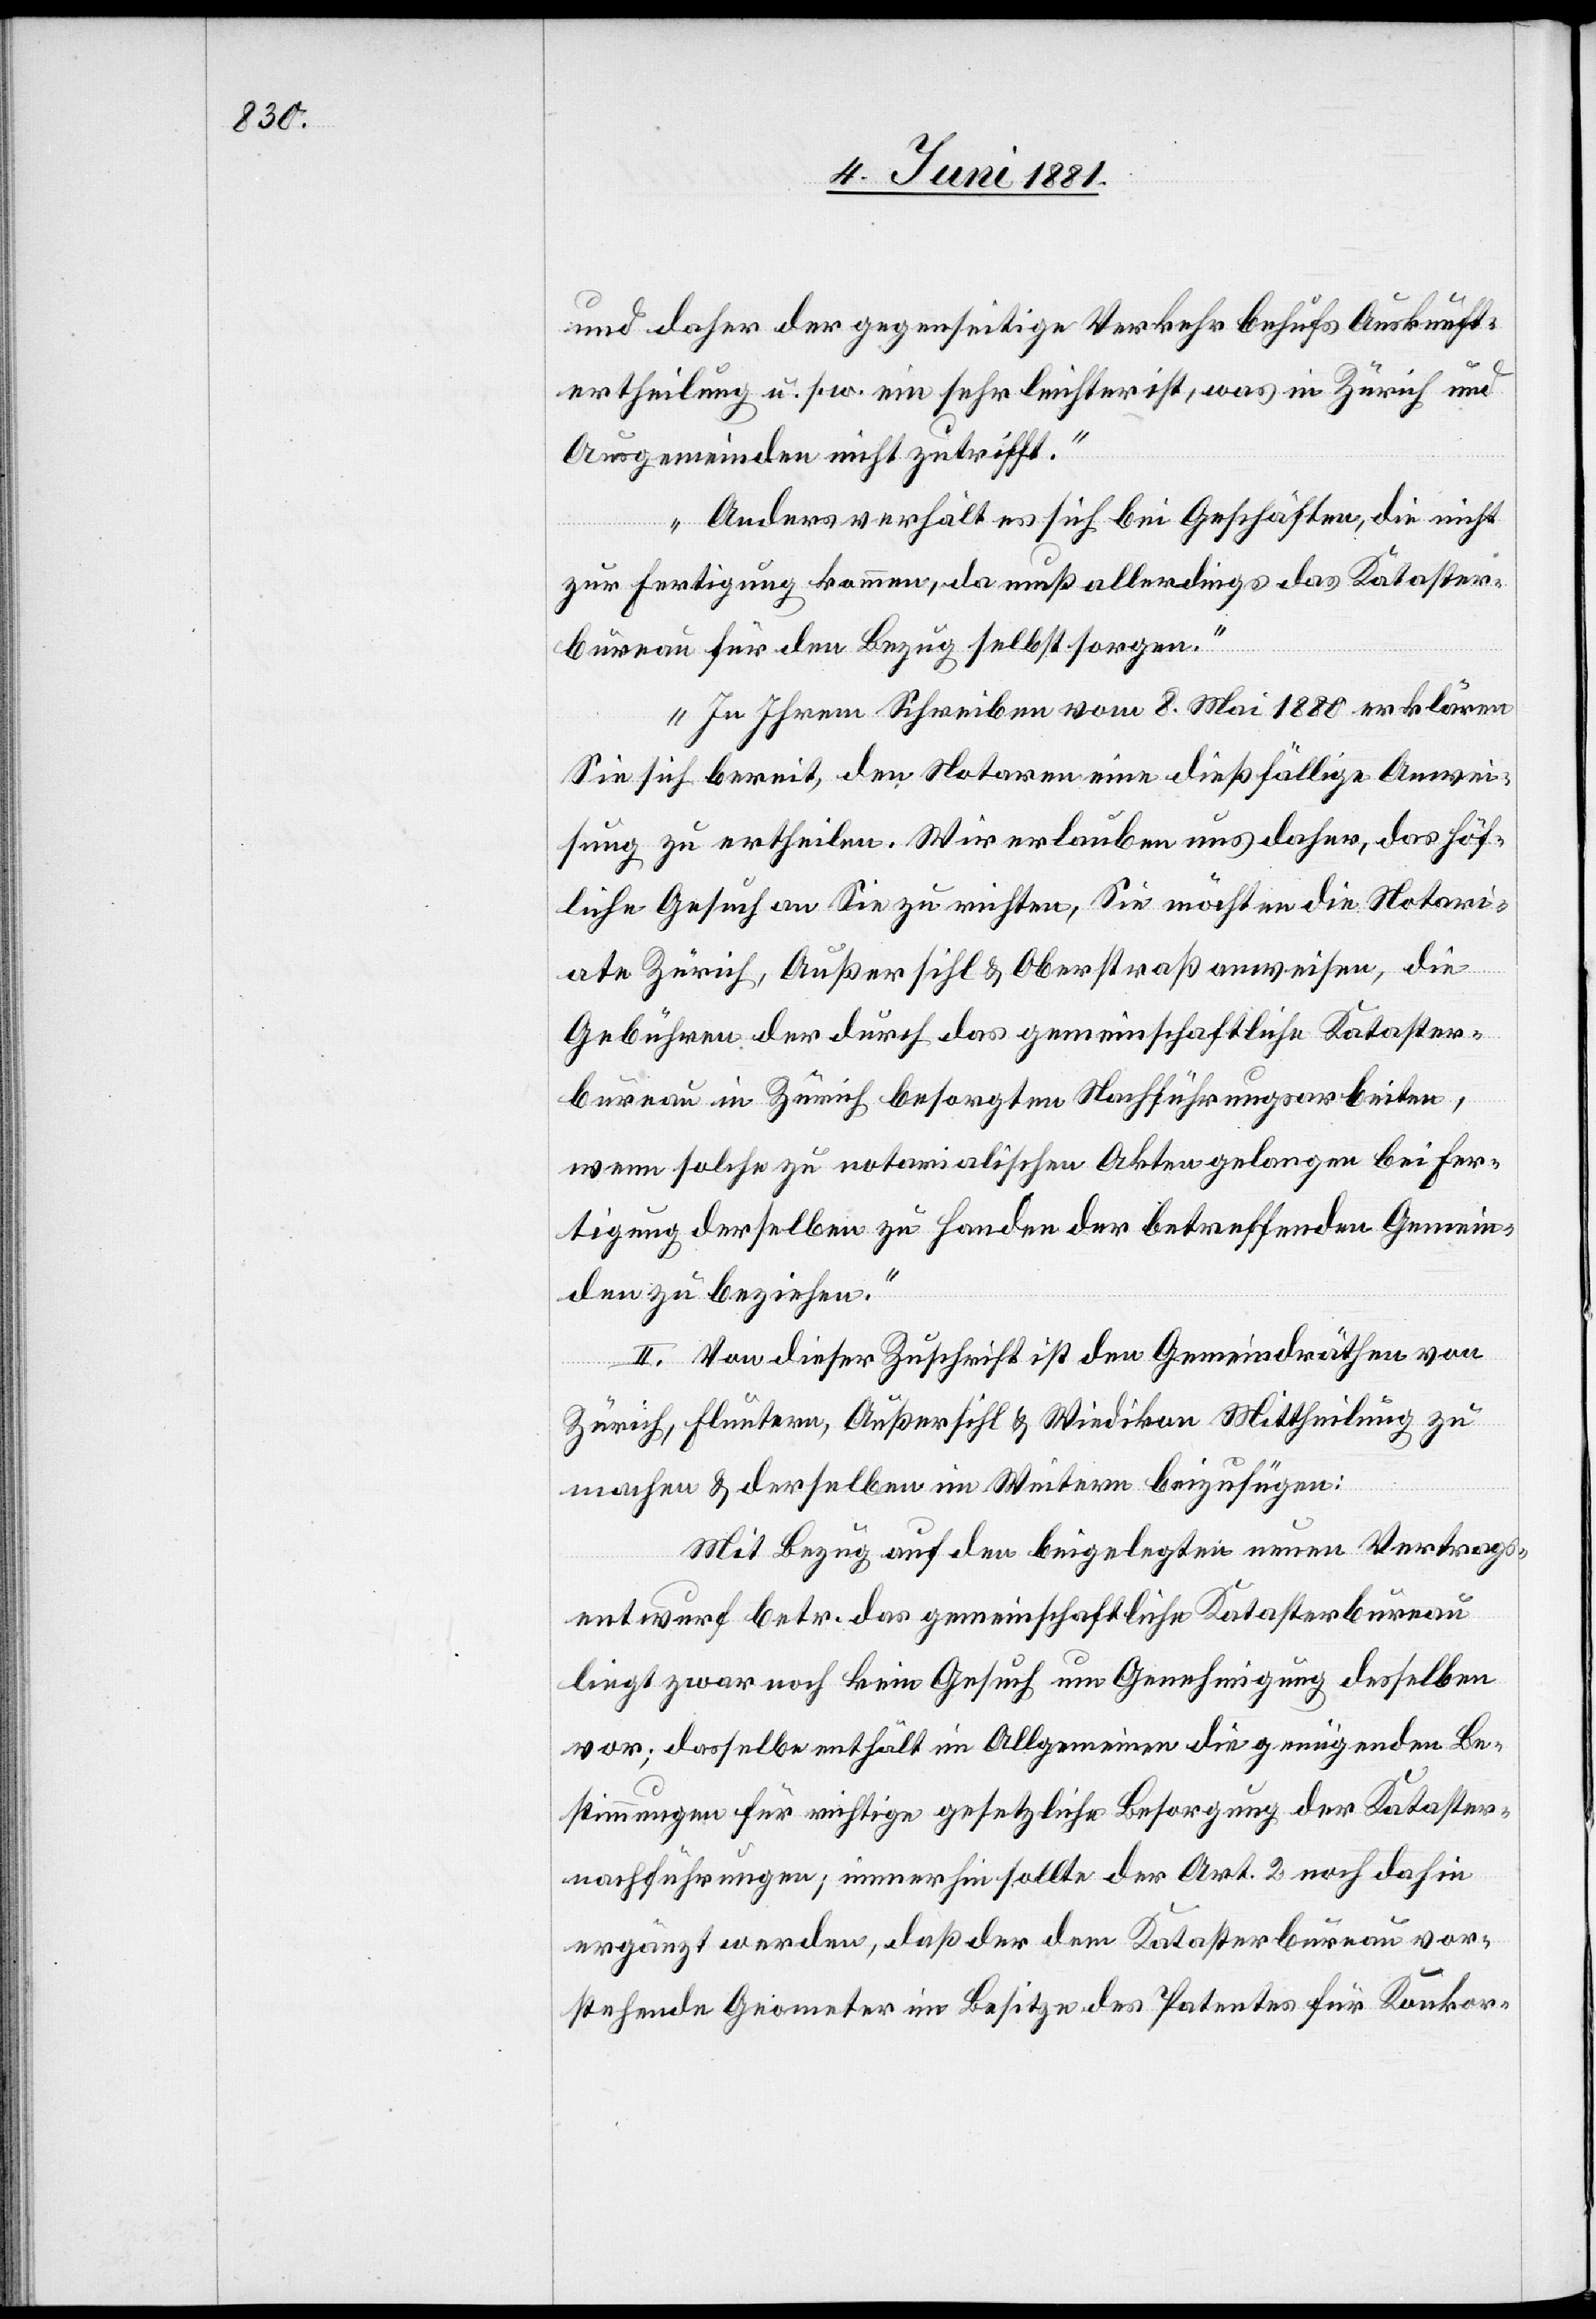
daher der gegenseitige Verkehr behufs Auskunft¬
ertheilung u. s. w. ein sehr leichter ist, was in Zürich und
Ausgemeinden nicht zutrifft.
Anders verhält es sich bei Geschäften, die nicht
zur Fertigung kommen, da muß allerdings das Kataster¬
bureau für den Bezug selbst sorgen.
In Ihrem Schreiben vom 8. Mai 1880 erklären
Sie sich bereit, den Notaren eine dießfällige Anwei¬
sung zu ertheilen. Wir erlauben uns daher, das höf¬
liche Gesuch an Sie zu richten, Sie möchten die Notari¬
ate Zürich, Außersihl & Oberstraß anweisen, die
Gebühren der durch das gemeinschaftliche Kataster¬
bureau in Zürich besorgten Nachführungsarbeiten,
wenn solche zu notarialischen Akten gelangen bei Fer¬
tigung derselben zu Handen der betreffenden Gemein¬
den zu beziehen.“
II. Von dieser Zuschrift ist den Gemeindräthen von
Zürich, Fluntern, Außersihl & Wiedikon Mittheilung zu
machen & derselben im Weitern beizufügen:
Mit Bezug auf den beigelegten neuen Vertrags¬
entwurf betr. das Gemeinschaftliche Katasterbureau
liegt zwar noch kein Gesuch um Genehmigung desselben
vor; dasselbe enthält im Allgemeinen die genügenden Be¬
stimmungen für richtige gesetzliche Besorgung der Kataster¬
nachführungen; immerhin sollte der Art. 2 noch dahin
ergänzt werden, daß der dem Katasterbureau vor¬
stehende Geometer im Besitze des Patentes für Konkor-